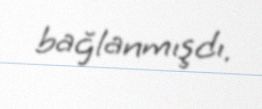
bağlanmışdı.